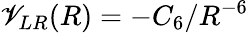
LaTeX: \mathscr{V}_{LR}(R)=-C_{6}/R^{-6}